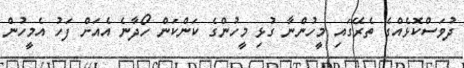
ދުވަސްކޮޅެއްގެ ތެރޭގައި މީހުންނާ ގުޅި މީހުންގެ ކަންކަން ހޯދާނެ އެއަށް ފަހު އެމީހުން